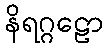
နိရဂ္ဂဠော